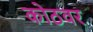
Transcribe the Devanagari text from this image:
कोठवर